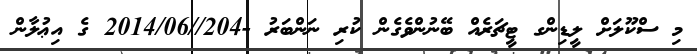
މި ސްކޫލަށް ލީޑިންގ ޓީޗަރެއް ބޭނުންވެގެން ކުރި ނަންބަރު -204//2014/06 ގެ އިޢުލާން